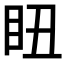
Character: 𥄨